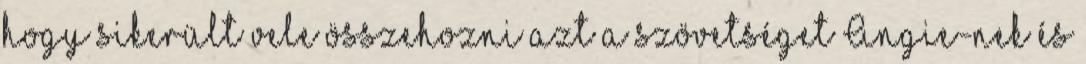
hogy sikerült vele összehozni azt a szövetséget Angie-nek és